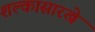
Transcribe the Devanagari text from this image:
शल्कासारखे